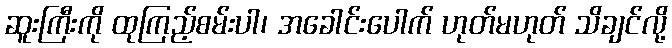
ဆူးကြီးကို ထုကြည့်စမ်းပါ၊ အခေါင်းပေါက် ဟုတ်မဟုတ် သိချင်လို့